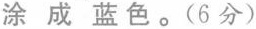
涂成蓝色。(6分)